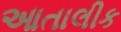
આતાલીક